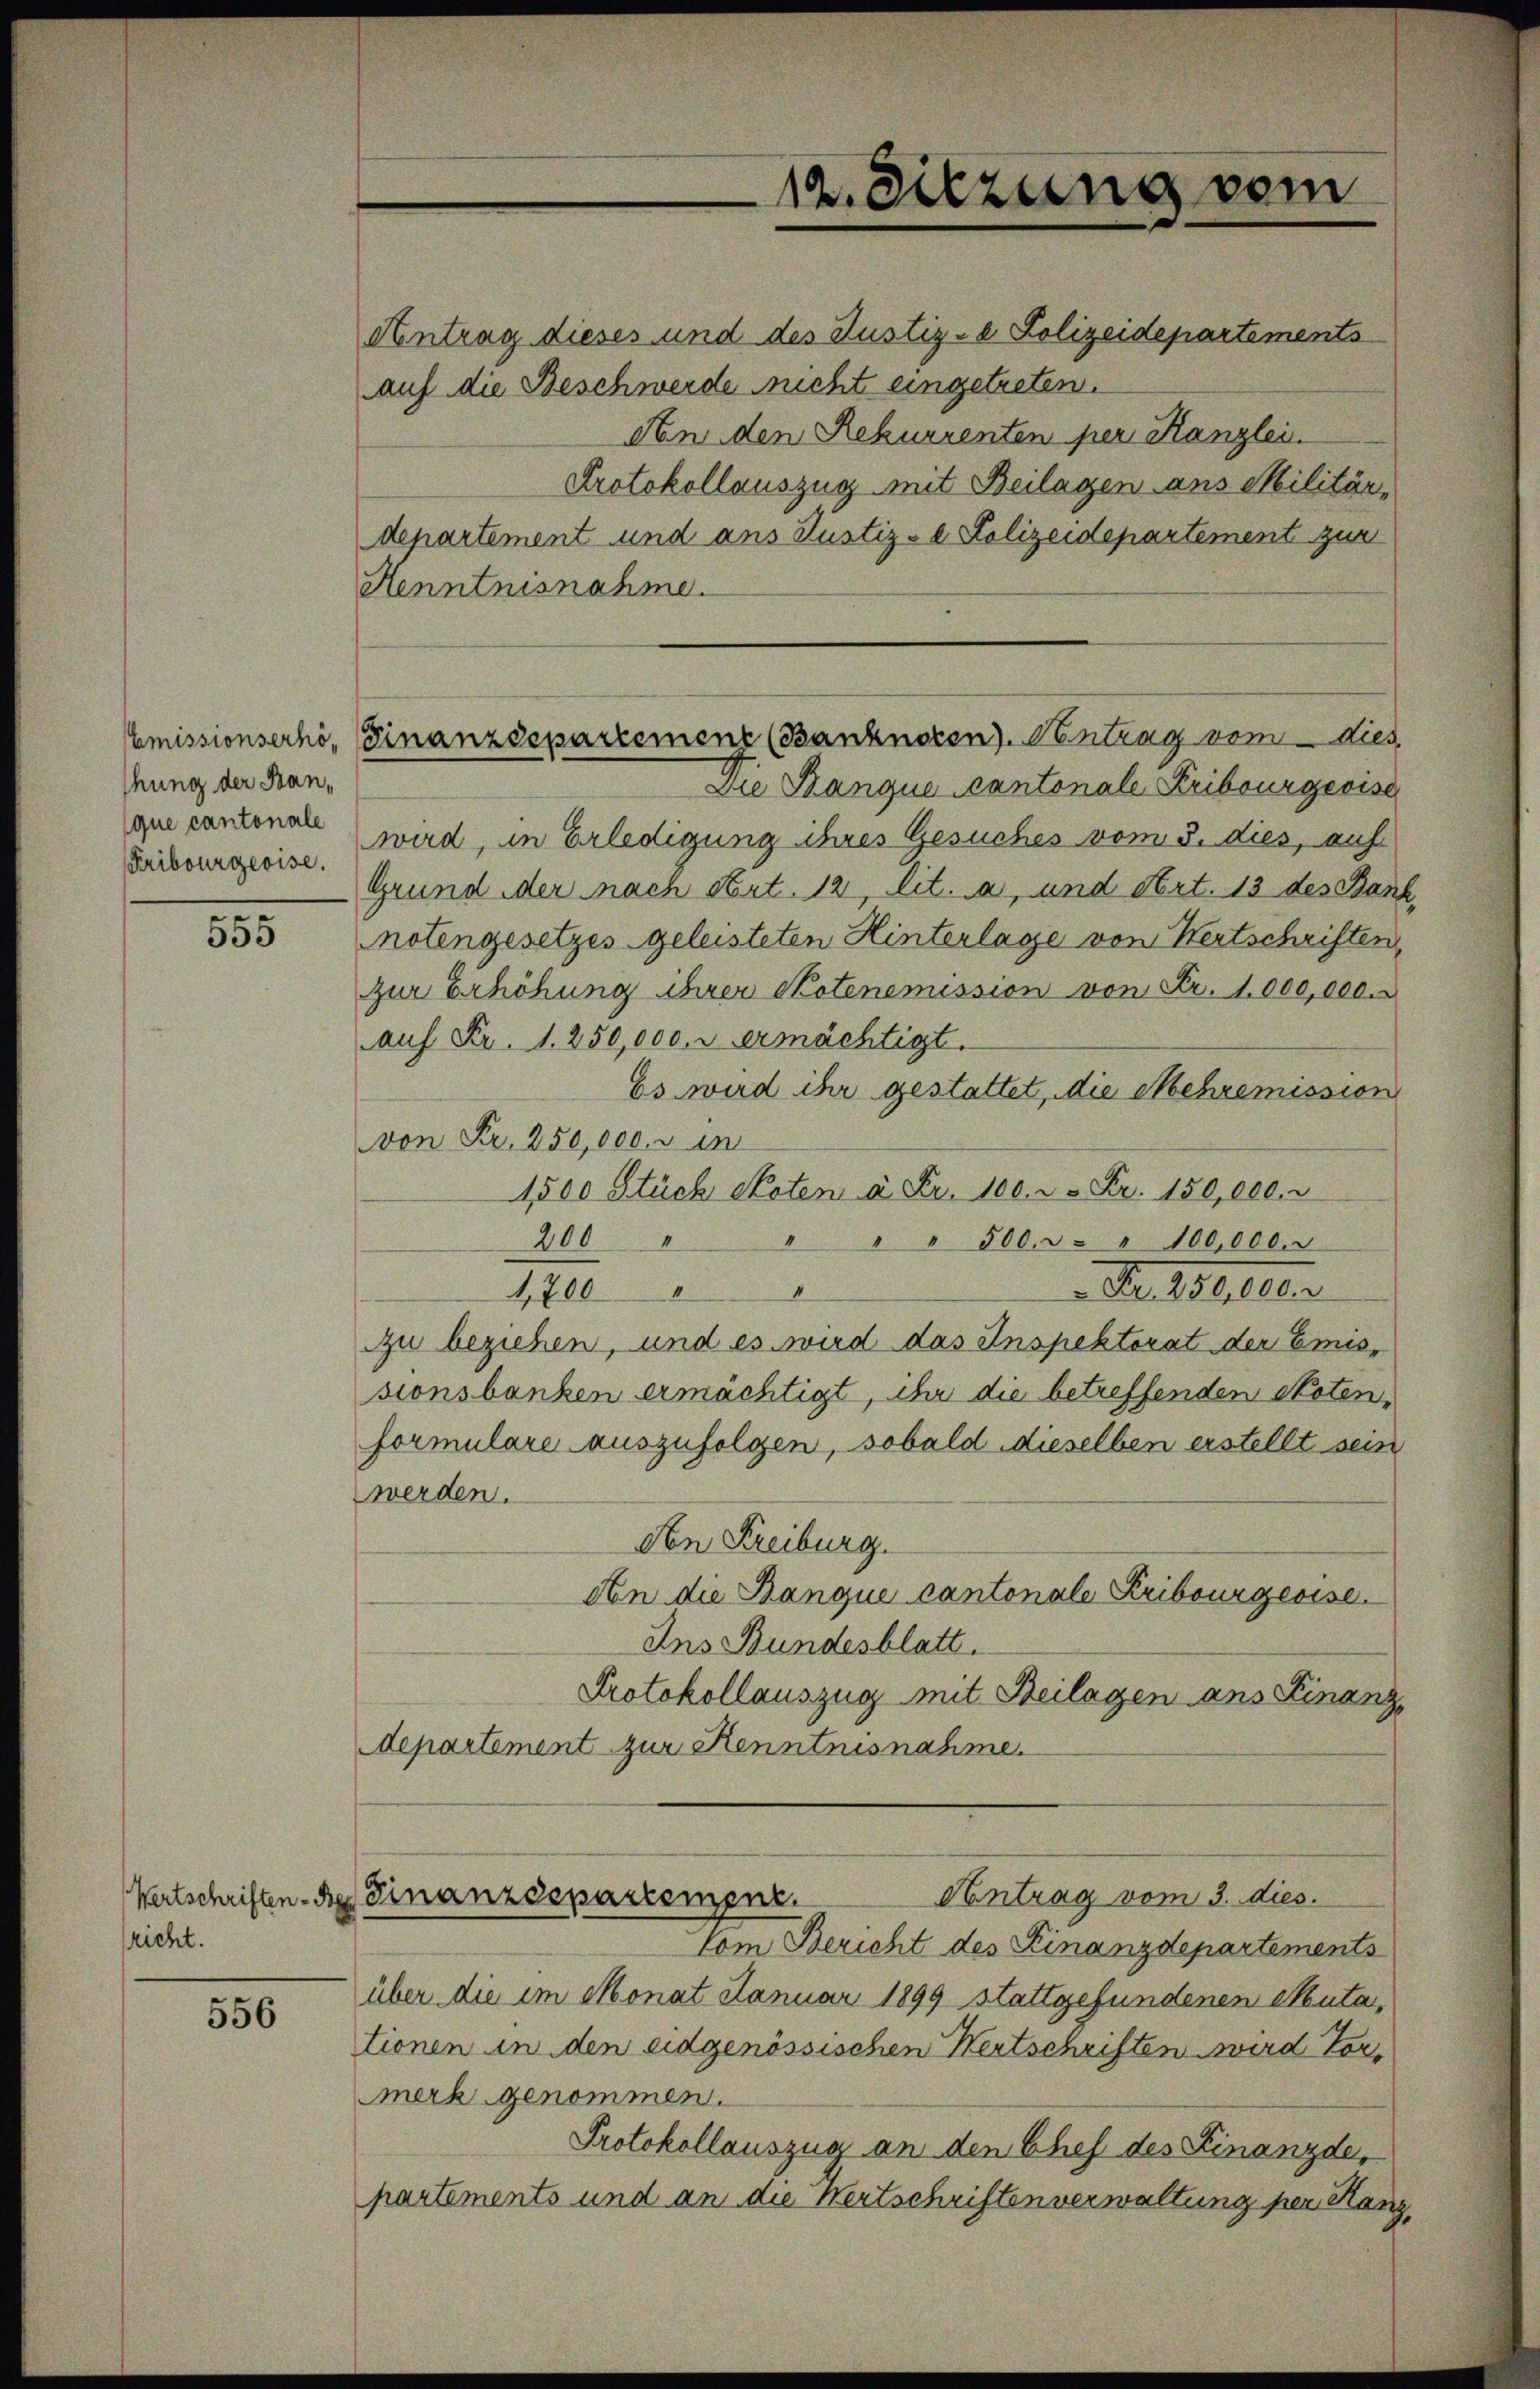
hung der Kan¬
Fribourgeoise.

555

Wertschriften Be
richt.

556

auf die Beschwerde nicht eingetreten.

An den Rekurrenten per Kanzlei.
Protokollauszug mit Beilagen aus Militär,
departement und ans Justiz- & Polizeidepartement zur
Henntnisnahme.
Die Banque cantonale Kribourgeoise
que cantende wird, in Erledigung ihres Gesuches vom 3. dies, auf
Grund der nach Art. 12, lit. a, und Art. 13 des Ban
notengesetzes geleisteten Hinterlage von Wertschriften,
zur Erhöhung ihrer Skotenemission von Fr. 1000,000.
auf Fr. 1. 250,000. ermächtigt.
Es wird ihr gestattet, die Mehremission
von Fr. 250,000. u in
1,500 Stück Noten à Fr. 100. 2. Fr. 150,000.
200 " " " " 500. r. " 100,000.
Nr. 18ten
4
1,700
zu beziehen, und es wird das Inspektorat der Emissionsbanken ermächtigt, ihr die betreffenden Noten,
formulare auszufolgen, sobald dieselben erstellt sein
werden.
An Freiburg.
An die Banque cantonale Kribourgeoise.
Ans Bundesblatt.
Protokollauszug mit Beilagen ans Finanz
departement zur Kenntnisnahme.
Antrag vom 3. dies.
Finanzdepartemenz.
Vom Bericht des Finanzdepartements
über die im Monat Januar 1899 stattgefundenen Muta,
tionen in den eidgenössischen Wertschriften wird Vormerk genommen.
Protokollauszug an den Chef des Finanzde,
partements und an die Wertschriften verwaltung per Hanz,

12. Sitzung vom
Antrag dieses und des Justiz- & Polizeidepartements

Emissionserhö-Finanzdepartement (Banknocen). Antrag vom   dies